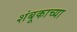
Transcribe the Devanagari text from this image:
शंबूकाच्या